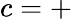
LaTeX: c=+